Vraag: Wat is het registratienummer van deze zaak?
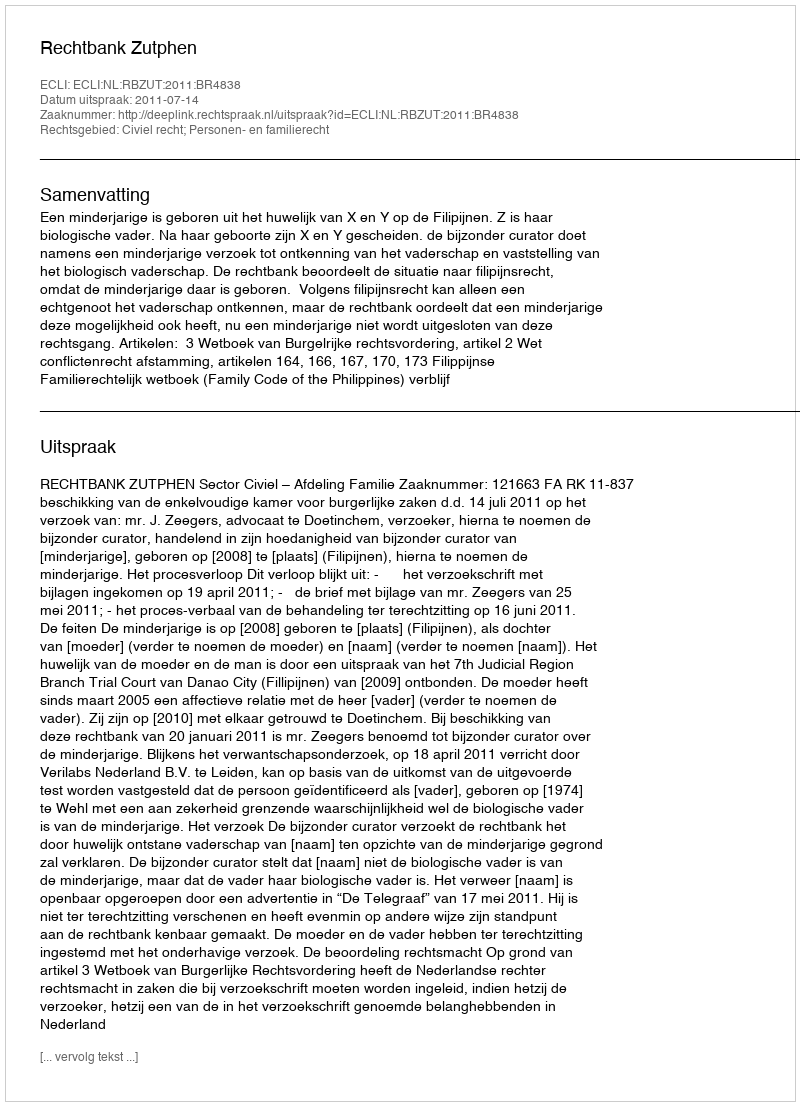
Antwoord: http://deeplink.rechtspraak.nl/uitspraak?id=ECLI:NL:RBZUT:2011:BR4838